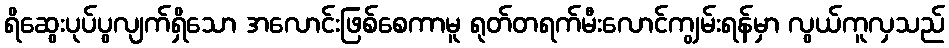
ရိဆွေးပုပ်ပွလျက်ရှိသော အလောင်းဖြစ်စေကာမူ ရုတ်တရက်မီးလောင်ကျွမ်းရန်မှာ လွယ်ကူလှသည်